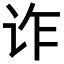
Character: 诈